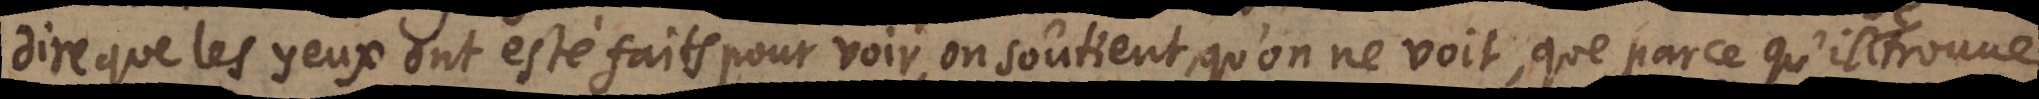
dire que les yeux ont esté faits pour voir, on soûtient, qu’on ne voit, que parce qu’il trouve